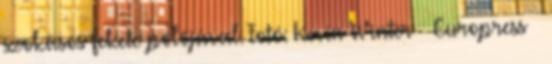
szokásos fekete pólójával. Fotó: Kevin Winter Europress